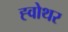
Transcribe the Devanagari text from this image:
ह्वोथर